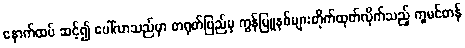
နောက်ထပ် ဆင့်၍ ပေါ်လာသည်မှာ တရုတ်ပြည်မှ ကွန်မြူနစ်များတိုက်ထုတ်လိုက်သည့် ကူမင်တန်